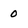
Character: 0